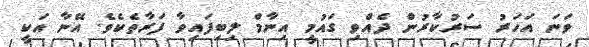
ވަނަ އަހަރު ސަރުކާރުން ދެއްވި ގައުމީ އިނާމް ލިބިފައިވާ ފަރާތެކެވެ. އޭނާ އަކީ